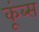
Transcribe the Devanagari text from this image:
कूंब्स